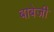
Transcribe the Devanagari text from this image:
बाबेजी